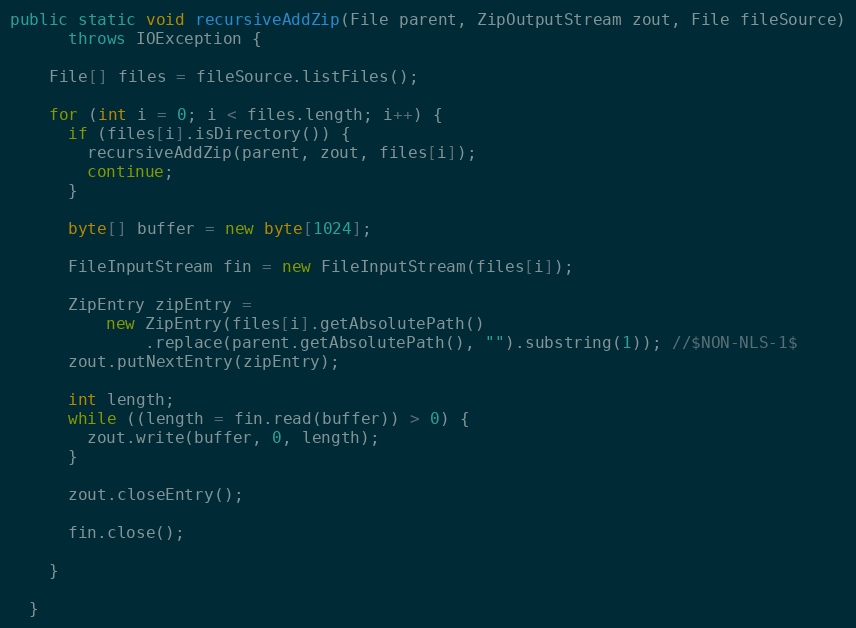
Language: Java
public static void recursiveAddZip(File parent, ZipOutputStream zout, File fileSource)
      throws IOException {

    File[] files = fileSource.listFiles();

    for (int i = 0; i < files.length; i++) {
      if (files[i].isDirectory()) {
        recursiveAddZip(parent, zout, files[i]);
        continue;
      }

      byte[] buffer = new byte[1024];

      FileInputStream fin = new FileInputStream(files[i]);

      ZipEntry zipEntry =
          new ZipEntry(files[i].getAbsolutePath()
              .replace(parent.getAbsolutePath(), "").substring(1)); //$NON-NLS-1$
      zout.putNextEntry(zipEntry);

      int length;
      while ((length = fin.read(buffer)) > 0) {
        zout.write(buffer, 0, length);
      }

      zout.closeEntry();

      fin.close();

    }

  }